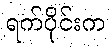
ရက်ပိုင်းက